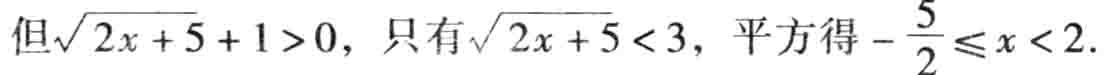
但\(\sqrt{2x + 5}+1>0\)，只有\(\sqrt{2x + 5}<3\)，平方得\(-\frac{5}{2}\leqslant x<2\).